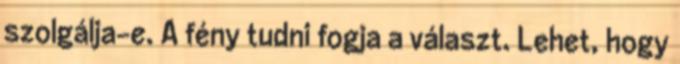
szolgálja-e. A fény tudni fogja a választ. Lehet, hogy